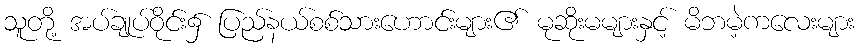
သူတို့ အပ်ချုပ်ဝိုင်း၌ ပြည်နယ်စစ်သားဟောင်းများ၏ မုဆိုးမများနှင့် မိဘမဲ့ကလေးများ